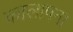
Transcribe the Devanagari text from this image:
कालापना